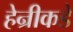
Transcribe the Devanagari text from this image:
हेन्रीकडे